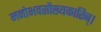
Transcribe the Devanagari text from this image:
मनोभवसौख्यकारिन्।